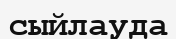
сыйлауда